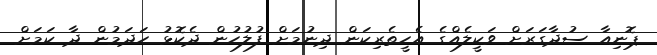
ޕޮނިއާ ސުދާގަރަށް ވަކީލެއްގެ އެހީތެރިކަން ދިނުމަށް ފުލުހުން ދެކޮޅު ހަދަމުން ދާ ކަމަށް